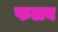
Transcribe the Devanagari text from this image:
फलव